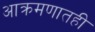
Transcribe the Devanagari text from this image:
आक्रमणातही